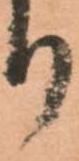
り